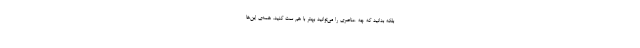
بلکه بدانید که چه عناصری را می‌توانید بهتر با هم ست کنید. همه‌ی این‌ها